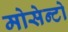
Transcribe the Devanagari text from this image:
मोसेन्टो